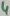
Text: 4